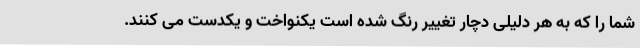
شما را که به هر دلیلی دچار تغییر رنگ شده است یکنواخت و یکدست می کنند.